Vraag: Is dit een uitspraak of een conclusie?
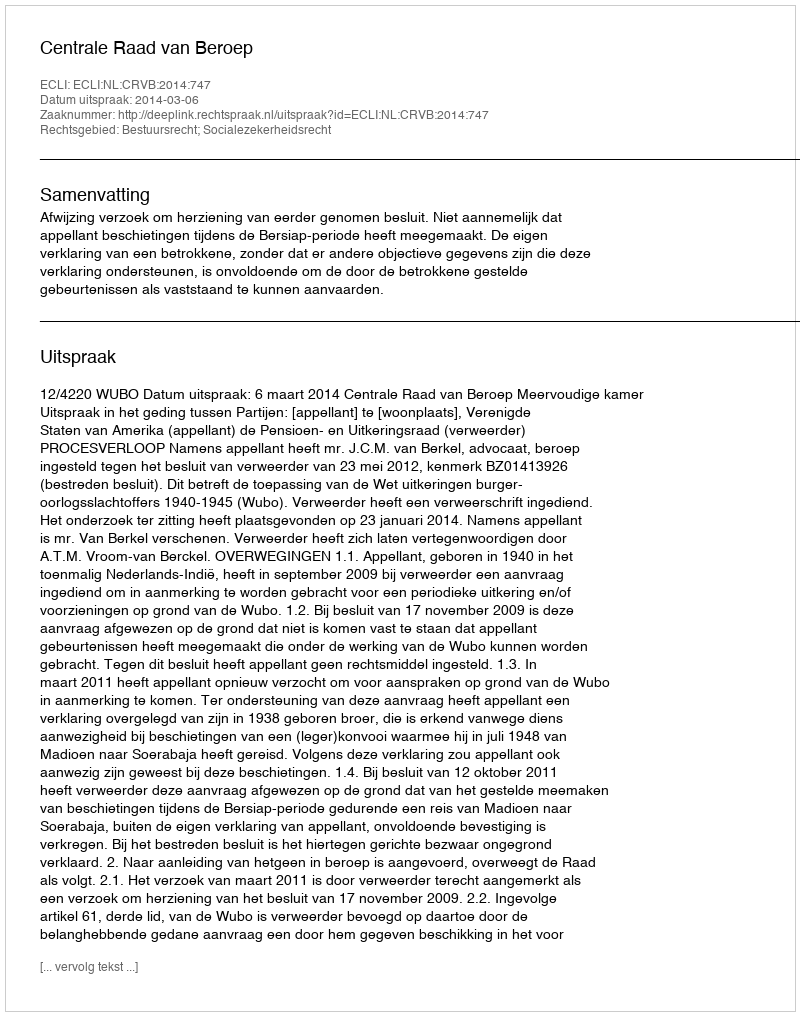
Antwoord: Uitspraak